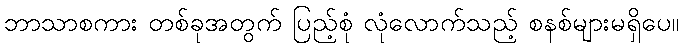
ဘာသာစကား တစ်ခုအတွက် ပြည့်စုံ လုံလောက်သည့် စနစ်များမရှိပေ။